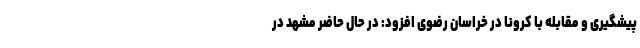
پیشگیری و مقابله با کرونا در خراسان رضوی افزود: در حال حاضر مشهد در